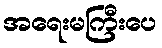
အရေးမကြီးပေ